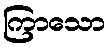
ကြာသော